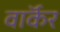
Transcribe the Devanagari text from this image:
वाॅर्कर